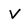
Character: V